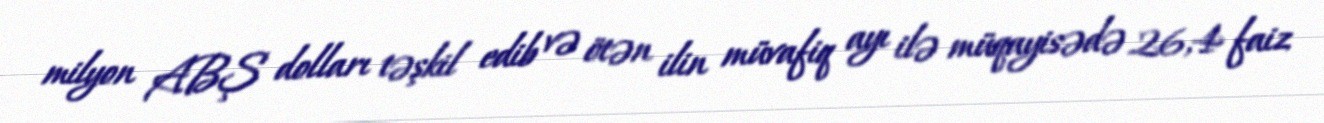
milyon ABŞ dolları təşkil edib və ötən ilin müvafiq ayı ilə müqayisədə 26,4 faiz